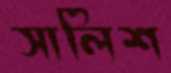
সালিশ